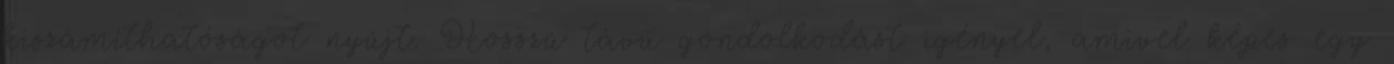
kiszámíthatóságot nyújt. Hosszú távú gondolkodást igényel, amivel képes egy